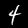
Label: 4